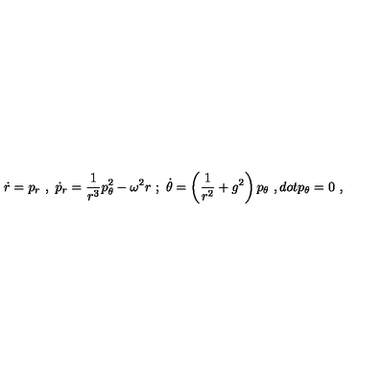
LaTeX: \dot { r } = p _ { r } \ , \ \dot { p } _ { r } = \frac { 1 } { r ^ { 3 } } p _ { \theta } ^ { 2 } - \omega ^ { 2 } r \ ; \ \dot { \theta } = \left( \frac { 1 } { r ^ { 2 } } + g ^ { 2 } \right) p _ { \theta } \ , d o t { p } _ { \theta } = 0 \ ,